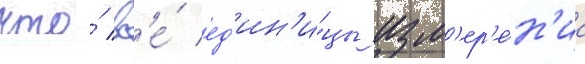
что́ вс'е́ ед'ин'и́цы изм'ер'е́н'иа